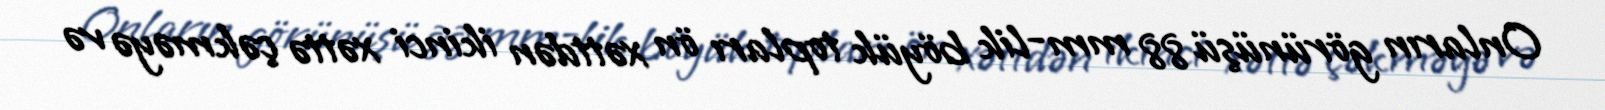
Onların görünüşü 88 mm-lik böyük topları ön xəttdən ikinci xəttə çəkməyə və